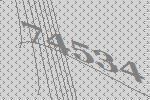
74534